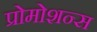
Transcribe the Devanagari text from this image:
प्रोमोशन्स